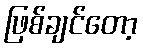
ဖြစ်ချင်တော့